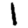
Digit: 1